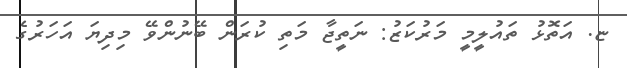
ޏ. އަތޮޅު ތައުލީމީ މަރުކަޒު: ނަތީޖާ މަތި ކުރަން ބޭނުންވޭ މިދިޔަ އަހަރުގެ